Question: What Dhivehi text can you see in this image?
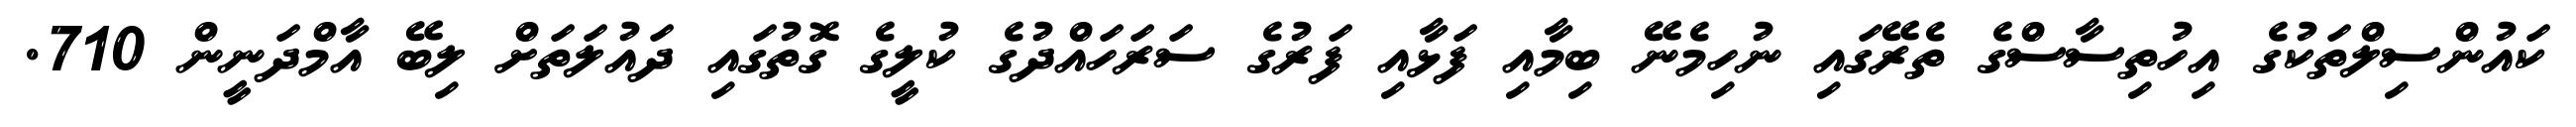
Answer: ކައުންސިލްތަކުގެ އިހުތިސާސްގެ ތެރޭގައި ނުހިމެނޭ ބިމާއި ފަޅާއި ފަރުގެ ސަރަހައްދުގެ ކުލީގެ ގޮތުގައި ދައުލަތަށް ލިބޭ އާމްދަނީން 710.